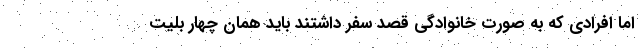
اما افرادی که به صورت خانوادگی قصد سفر داشتند باید همان چهار بلیت